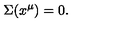
\Sigma ( x ^ { \mu } ) = 0 .